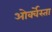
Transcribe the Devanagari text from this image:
ओर्क्वेस्ता